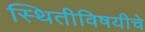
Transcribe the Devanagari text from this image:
स्थितीविषयीचे